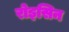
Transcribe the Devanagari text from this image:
रोइसिन